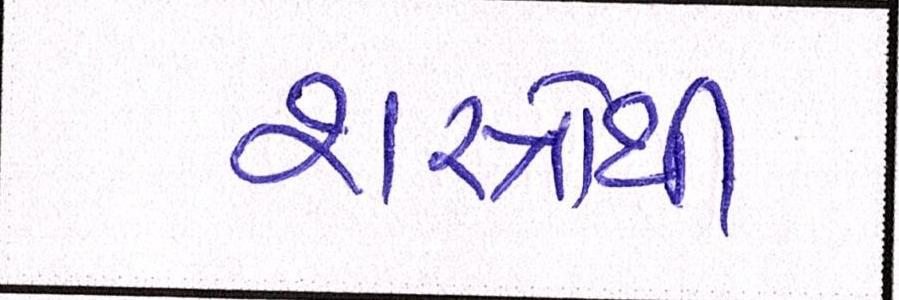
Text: શસ્ત્રોથી